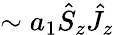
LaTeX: \sim a_{1}\hat{S}_{z}\hat{J}_{z}